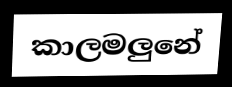
කාලමලුනේ